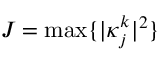
{ { J } _ { { } } } = \operatorname* { m a x } \{ | \kappa _ { j } ^ { k } { { | } ^ { 2 } } \}